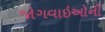
જોગવાઇઓની